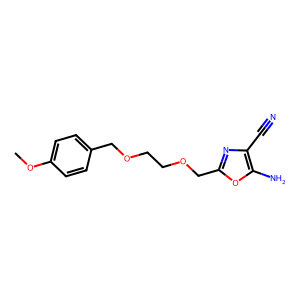
SMILES: COc1ccc(COCCOCc2nc(C#N)c(N)o2)cc1
Inhibits HIV replication: No